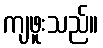
ကျဖူးသည်။